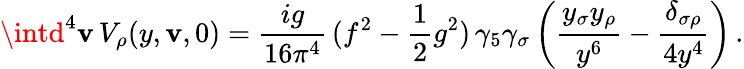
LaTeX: \intd^{4}\mathbf{v}\, V_{\rho}(y,\mathbf{v},0)=\frac{{ig}}{{16\pi^{4}}}\, (f^{2}-\frac{{1}}{{2}}g^{2})\, \gamma_{5}\gamma_{\sigma}\left(\frac{{y_{\sigma}y_{\rho}}}{{y^{6}}}-\frac{{\delta_{\sigma\rho}}}{{4y^{4}}}\right)\, .